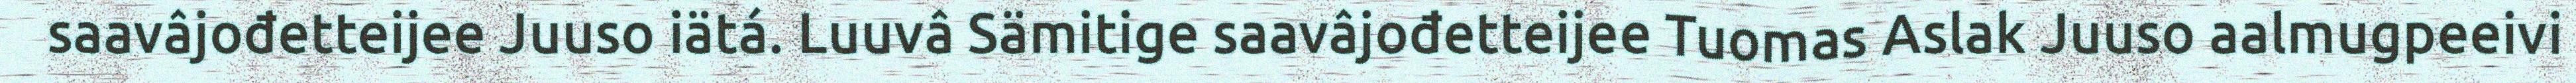
saavâjođetteijee Juuso iätá. Luuvâ Sämitige saavâjođetteijee Tuomas Aslak Juuso aalmugpeeivi